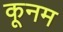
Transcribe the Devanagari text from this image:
कूनम